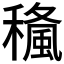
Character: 𥢓